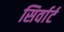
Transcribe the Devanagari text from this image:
सिर्वार्ट